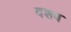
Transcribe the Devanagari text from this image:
वशव